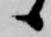
候